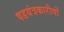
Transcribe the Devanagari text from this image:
षडयंत्रकारीयों